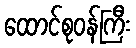
ထောင်စုဝန်ကြီး